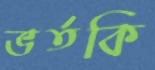
ভর্তকি